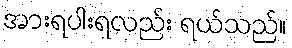
အားရပါးရလည်း ရယ်သည်။